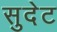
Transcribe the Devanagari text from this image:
सुदेट